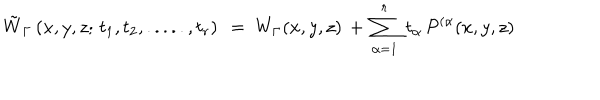
{ \tilde { W } } _ { \Gamma } \left( x , y , z ; \, t _ { 1 } , t _ { 2 } , . . . . . , t _ { r } \right) ~ = ~ W _ { \Gamma } ( x , y , z ) \, + \, \sum _ { \alpha = 1 } ^ { r } \ t _ { \alpha } \, { \cal P } ^ { ( \alpha } ( x , y , z )